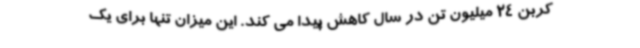
کربن 24 میلیون تن در سال کاهش پیدا می کند. این میزان تنها برای یک